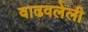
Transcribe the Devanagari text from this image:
वाढवलेली